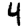
Digit: 4